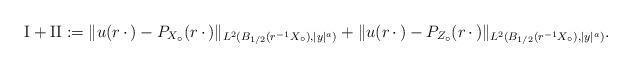
LaTeX: \begin{align*}{\rm I} + {\rm II} := \|u(r\,\cdot\,) - P_{X_\circ}(r\,\cdot\,)\|_{L^2(B_{1/2}(r^{-1}X_\circ),|y|^a)} + \|u(r\,\cdot\,) - P_{Z_\circ}(r\,\cdot\,)\|_{L^2(B_{1/2}(r^{-1}X_\circ),|y|^a)}.\end{align*}